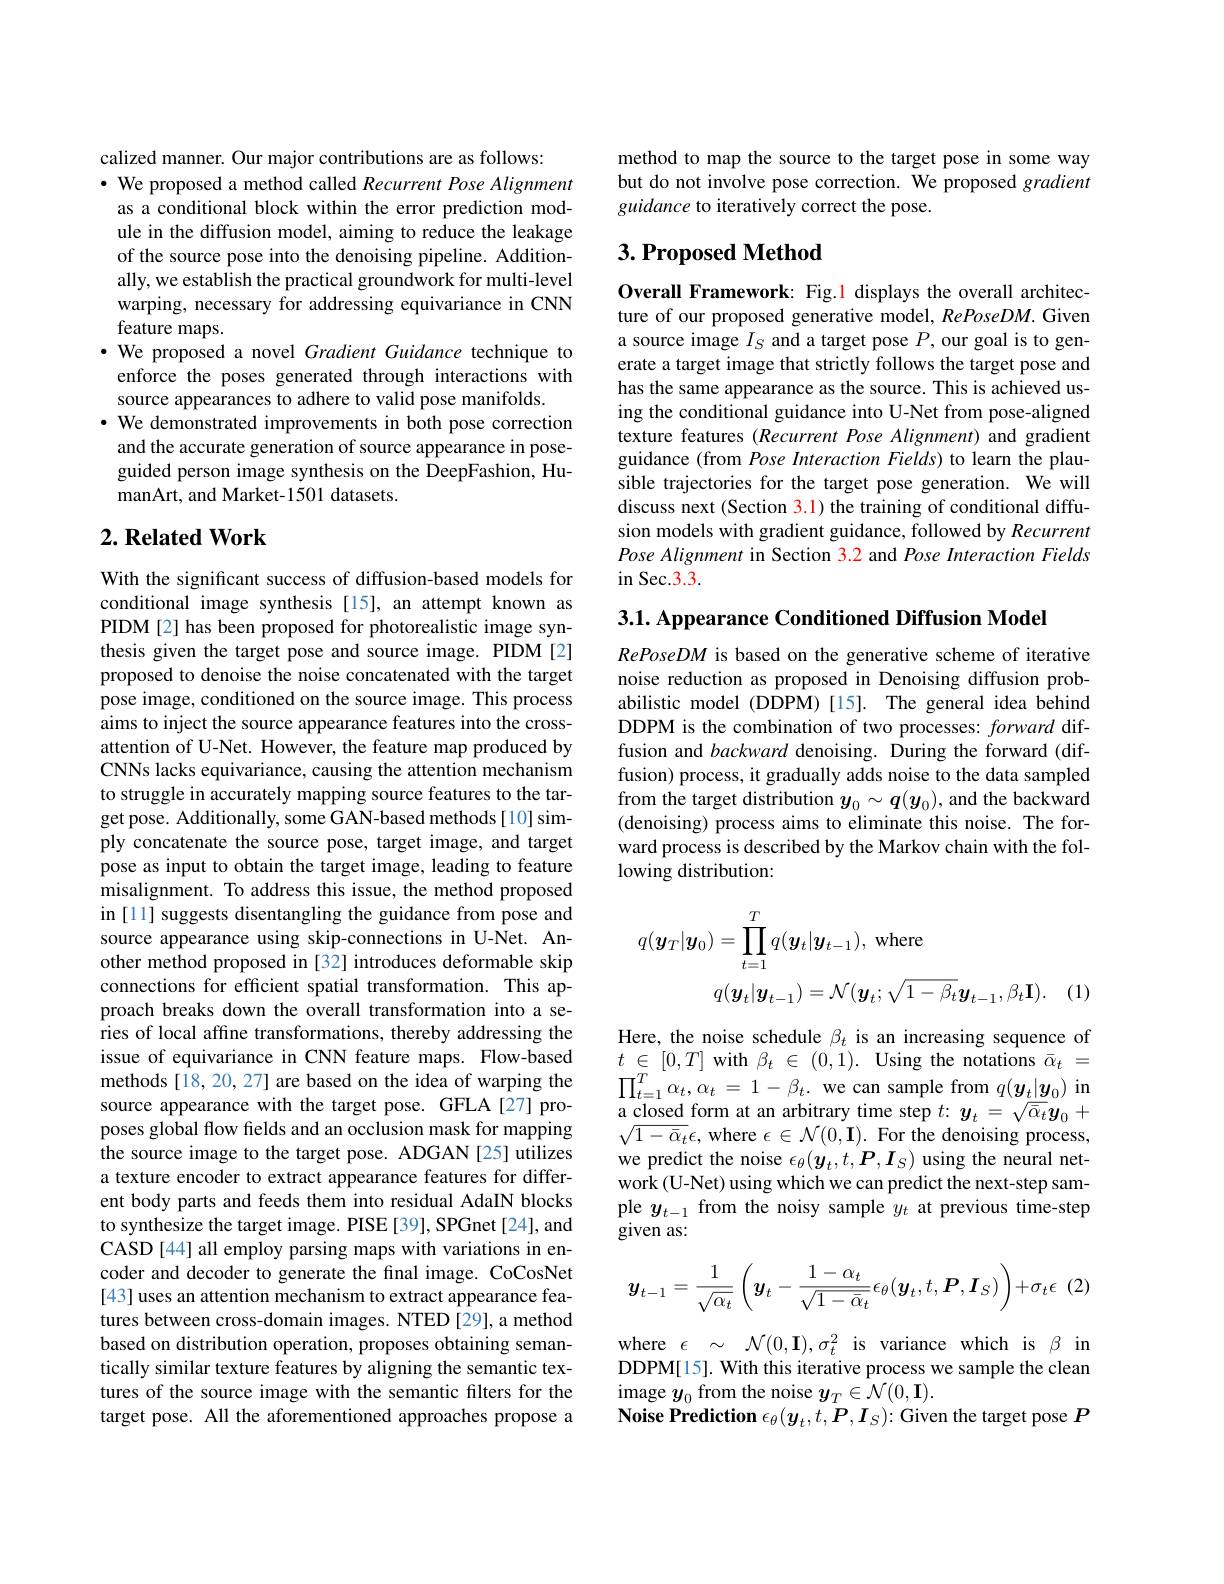
calized manner. Our major contributions are as follows:
$\cdot$ We proposed a method called Recurrent Pose Alignment as a conditional block within the error prediction module in the diffusion model, aiming to reduce the leakage of the source pose into the denoising pipeline. Additionally, we establish the practical groundwork for multi-level warping, necessary for addressing equivariance in CNN feature maps.
· We proposed a novel Gradient Guidance technique to enforce the poses generated through interactions with source appearances to adhere to valid pose manifolds.
· We demonstrated improvements in both pose correction and the accurate generation of source appearance in poseguided person image synthesis on the DeepFashion, HumanArt, and Market-1501 datasets.

## $2. \textbf{Related Work}$

With the significant success of diffusion-based models for conditional image synthesis [15], an attempt known as PIDM[2] has been proposed for photorealistic image synthesis given the target pose and source image. PIDM[2] proposed to denoise the noise concatenated with the target pose image, conditioned on the source image. This process aims to inject the source appearance features into the crossattention of U-Net. However, the feature map produced by CNNs lacks equivariance, causing the attention mechanism to struggle in accurately mapping source features to the target pose. Additionally, some GAN-based methods[10] simply concatenate the source pose, target image, and target pose as input to obtain the target image, leading to feature misalignment. To address this issue, the method proposed in [11] suggests disentangling the guidance from pose and source appearance using skip-connections in U-Net. Another method proposed in [32] introduces deformable skip connections for efficient spatial transformation. This approach breaks down the overall transformation into a series of local affine transformations, thereby addressing the issue of equivariance in CNN feature maps. Flow-based methods[18,20,27] are based on the idea of warping the source appearance with the target pose. GFLA[27] proposes global flow fields and an occlusion mask for mapping the source image to the target pose. ADGAN [25] utilizes a texture encoder to extract appearance features for different body parts and feeds them into residual AdaIN blocks to synthesize the target image. PISE [39], SPGnet [24], and CASD [44] all employ parsing maps with variations in encoder and decoder to generate the final image. CoCosNet [43] uses an attention mechanism to extract appearance features between cross-domain images. NTED [29], a method based on distribution operation, proposes obtaining semantically similar texture features by aligning the semantic textures of the source image with the semantic filters for the target pose. All the aforementioned approaches propose a

method to map the source to the target pose in some way but do not involve pose correction. We proposed gradient guidance to iteratively correct the pose.

## $3. \textbf{Proposed Method}$

Overall Framework: Fig.1 displays the overall architecture of our proposed generative model, RePoseDM. Given a source image $I_S$ and a target pose $P$, our goal is to generate a target image that strictly follows the target pose and has the same appearance as the source. This is achieved using the conditional guidance into U-Net from pose-aligned texture features (Recurrent Pose Alignment) and gradient guidance (from Pose Interaction Fields) to learn the plausible trajectories for the target pose generation. We will discuss next (Section 3.1) the training of conditional diffusion models with gradient guidance, followed by Recurrent Pose Alignment in Section 3.2 and Pose Interaction Fields in Sec.3.3.

3.1. Appearance Conditioned Diffusion Model

RePoseDM is based on the generative scheme of iterative noise reduction as proposed in Denoising diffusion probabilistic model (DDPM)[15]. The general idea behind DDPM is the combination of two processes: forward diffusion and backward denoising. During the forward (diffusion) process, it gradually adds noise to the data sampled from the target distribution $y_0\sim\boldsymbol{q}(\boldsymbol{y}_0)$, and the backward (denoising) process aims to eliminate this noise. The forward process is described by the Markov chain with the following distribution:
$$\begin{aligned}q(\boldsymbol{y}_{T}|\boldsymbol{y}_{0})&=\prod_{t=1}^{T}q(\boldsymbol{y}_{t}|\boldsymbol{y}_{t-1}),\mathrm{~where}\\&q(\boldsymbol{y}_{t}|\boldsymbol{y}_{t-1})=\mathcal{N}(\boldsymbol{y}_{t};\sqrt{1-\beta_{t}}\boldsymbol{y}_{t-1},\beta_{t}\mathbf{I}).\end{aligned}$$
(1)

Here, the noise schedule $\beta_t$ is an increasing sequence of $t$ $\in$ $[ 0, T]$ with $\beta _t$ $\in$ (0,1). Using the notations $\bar{\alpha } _t$ = $\prod_{t=1}^{T}\alpha_{t},\alpha_{t}=1-\beta_{t}.$ we can sample from $q(\boldsymbol y_{t}|\boldsymbol{y}_{0})$ in a closed form at an arbitrary time step $t{: }y_{t}= \sqrt {\bar{\alpha } _{t}}y_{0}+$ $\sqrt{1-\bar{\alpha}_{t}}\epsilon$,where $\epsilon\in\mathcal{N}(0,\mathbf{I}).$ For the denoising process, we predict the noise $\epsilon_\theta(\boldsymbol{y}_t,t,\boldsymbol{P},\boldsymbol{I}_S)$ using the neural network (U-Net) using which we can predict the next-step sample $y_{t-1}$ from the noisy sample $y_t$ at previous time-step given as:
$$\boldsymbol{y}_{t-1}=\frac{1}{\sqrt{\alpha_{t}}}\left(\boldsymbol{y}_{t}-\frac{1-\alpha_{t}}{\sqrt{1-\bar{\alpha}_{t}}}\epsilon_{\theta}(\boldsymbol{y}_{t},t,\boldsymbol{P},\boldsymbol{I}_{S})\right)+\sigma_{t}\epsilon $$
where $\epsilon~\sim~\mathcal{N}(0,\mathbf{I}),\sigma_{t}^{2}~$is variance which is $\beta$ in DDPM[15]. With this iterative process we sample the clean image $y_0$ from the noise $y_T\in\mathcal{N}(0,\mathbf{I}).$
Noise Prediction $\epsilon_\theta(y_t,t,P,I_S){:}$ Given the target pose $P$